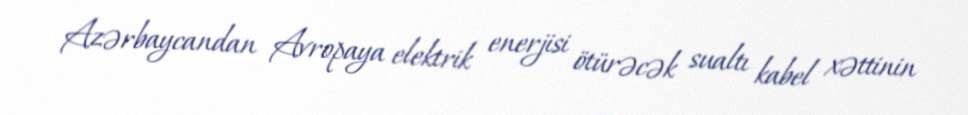
Azərbaycandan Avropaya elektrik enerjisi ötürəcək sualtı kabel xəttinin